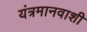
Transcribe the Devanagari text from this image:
यंत्रमानवाशी